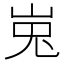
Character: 𰎘